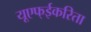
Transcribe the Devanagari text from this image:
यूएफ्ईकरिता